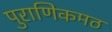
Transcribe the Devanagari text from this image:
पुराणिकमठ